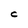
Character: C